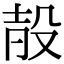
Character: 㱿